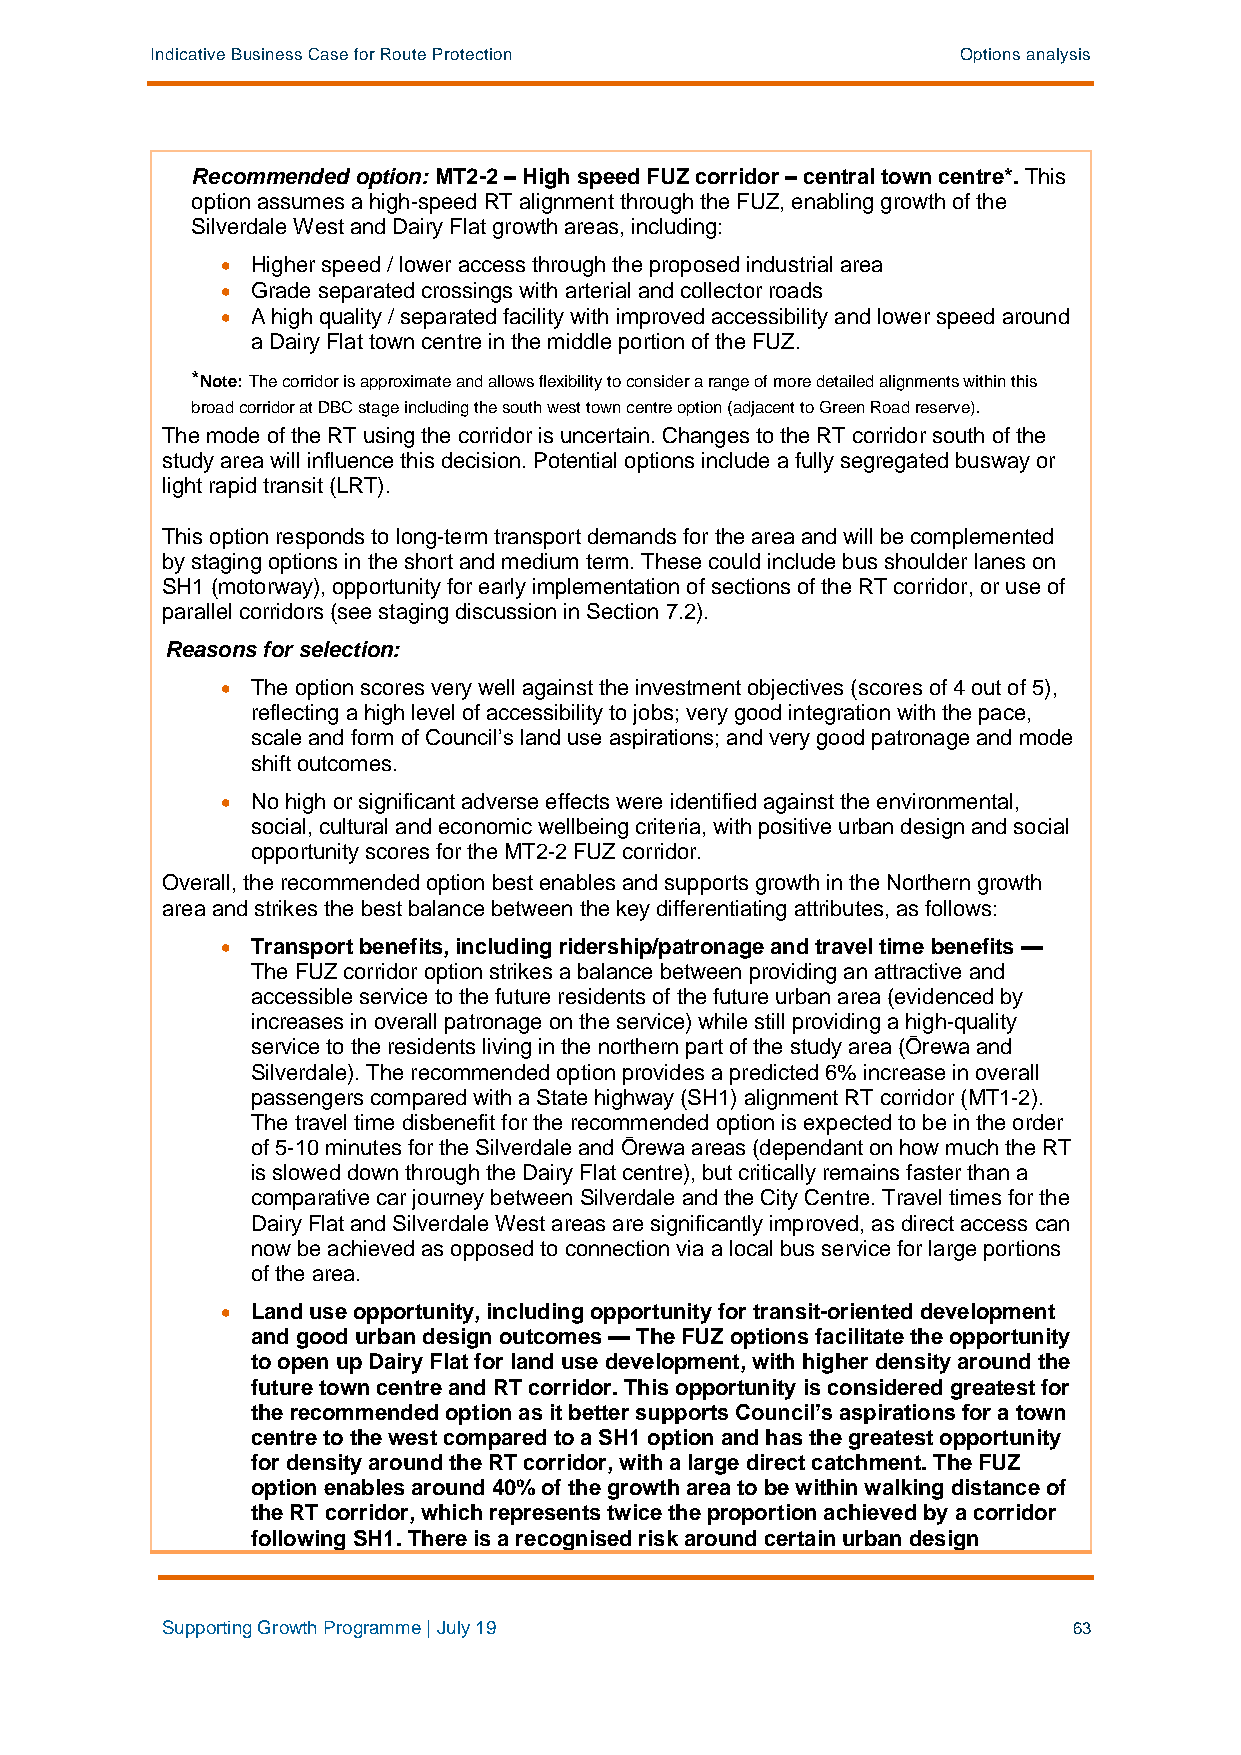
Indicative Business Case for Route Protection         Options analysis
 Recommended option: MT2-2 – High speed FUZ corridor – central town centre*. This
 option assumes a high-speed RT alignment through the FUZ, enabling growth of the
 Silverdale West and Dairy Flat growth areas, including:
 • Higher speed / lower access through the proposed industrial area
 • Grade separated crossings with arterial and collector roads
 • A high quality / separated facility with improved accessibility and lower speed around
 a Dairy Flat town centre in the middle portion of the FUZ.
 *Note: The corridor is approximate and allows flexibility to consider a range of more detailed alignments within this
 broad corridor at DBC stage including the south west town centre option (adjacent to Green Road reserve).
 The mode of the RT using the corridor is uncertain. Changes to the RT corridor south of the
 study area will influence this decision. Potential options include a fully segregated busway or
 light rapid transit (LRT).
 This option responds to long-term transport demands for the area and will be complemented
 by staging options in the short and medium term. These could include bus shoulder lanes on
 SH1 (motorway), opportunity for early implementation of sections of the RT corridor, or use of
 parallel corridors (see staging discussion in Section 7.2).
 Reasons for selection:
 • The option scores very well against the investment objectives (scores of 4 out of 5),
 reflecting a high level of accessibility to jobs; very good integration with the pace,
 scale and form of Council’s land use aspirations; and very good patronage and mode
 shift outcomes.
 • No high or significant adverse effects were identified against the environmental,
 social, cultural and economic wellbeing criteria, with positive urban design and social
 opportunity scores for the MT2-2 FUZ corridor.
 Overall, the recommended option best enables and supports growth in the Northern growth
 area and strikes the best balance between the key differentiating attributes, as follows:
 • Transport benefits, including ridership/patronage and travel time benefits —
 The FUZ corridor option strikes a balance between providing an attractive and
 accessible service to the future residents of the future urban area (evidenced by
 increases in overall patronage on the service) while still providing a high-quality
 service to the residents living in the northern part of the study area (Ōrewa and
 Silverdale). The recommended option provides a predicted 6% increase in overall
 passengers compared with a State highway (SH1) alignment RT corridor (MT1-2).
 The travel time disbenefit for the recommended option is expected to be in the order
 of 5-10 minutes for the Silverdale and Ōrewa areas (dependant on how much the RT
 is slowed down through the Dairy Flat centre), but critically remains faster than a
 comparative car journey between Silverdale and the City Centre. Travel times for the
 Dairy Flat and Silverdale West areas are significantly improved, as direct access can
 now be achieved as opposed to connection via a local bus service for large portions
 of the area.
 • Land use opportunity, including opportunity for transit-oriented development
 and good urban design outcomes — The FUZ options facilitate the opportunity
 to open up Dairy Flat for land use development, with higher density around the
 future town centre and RT corridor. This opportunity is considered greatest for
 the recommended option as it better supports Council’s aspirations for a town
 centre to the west compared to a SH1 option and has the greatest opportunity
 for density around the RT corridor, with a large direct catchment. The FUZ
 option enables around 40% of the growth area to be within walking distance of
 the RT corridor, which represents twice the proportion achieved by a corridor
 following SH1. There is a recognised risk around certain urban design
 Supporting Growth Programme | July 19                       63